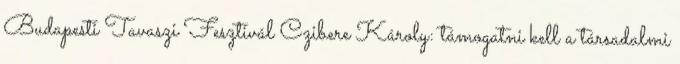
Budapesti Tavaszi Fesztivál Czibere Károly: támogatni kell a társadalmi